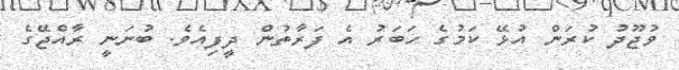
ވުޖޫދު ކުރަން އުޅޭ ކަމުގެ ހަބަރު އެ ފަރާތުން ދީފިއެވެ. ބުނަނީ ރާއްޖޭގެ